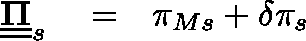
\begin{array} { r l r } { \underline { { \underline { { \mathbf { \Pi } } } } } _ { s } } & { { } = } & { \pi _ { M s } + \delta \pi _ { s } } \end{array}